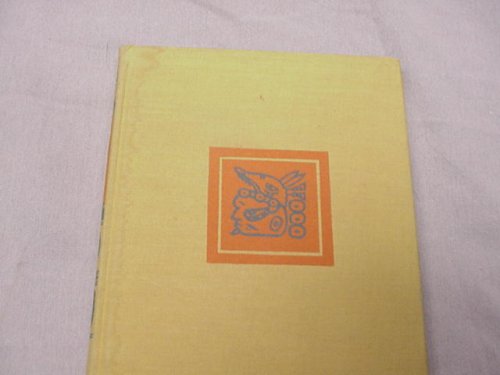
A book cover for Guatemala; Erna Fergusson; Travel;